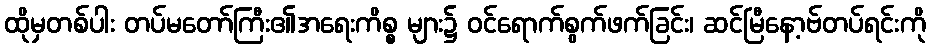
ထိုမှတစ်ပါး တပ်မတော်ကြီး၏အရေးကိစ္စ များ၌ ဝင်ရောက်စွက်ဖက်ခြင်း၊ ဆင်မြီနော့ဗ်တပ်ရင်းကို